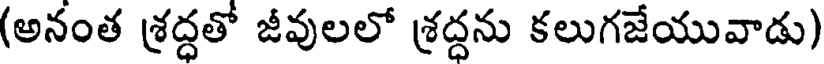
(అనంత శ్రద్ధతో జీవులలో శ్రద్దను కలుగజేయువాడు)